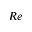
R e